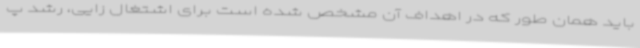
باید همان طور که در اهداف آن مشخص شده است برای اشتغال زایی، رشد پ